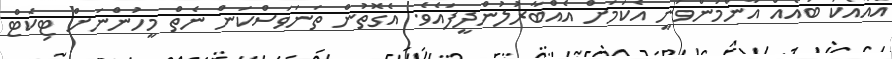
އެއާއެކު ބައެއް އާންމުންވަނީ އެކަމަށް އެއްބާރުލުންދީފައެވެ. އެގޮތުން ތަނަވަސްކަން ނެތް މީހުންނަށް ޓިކެޓް